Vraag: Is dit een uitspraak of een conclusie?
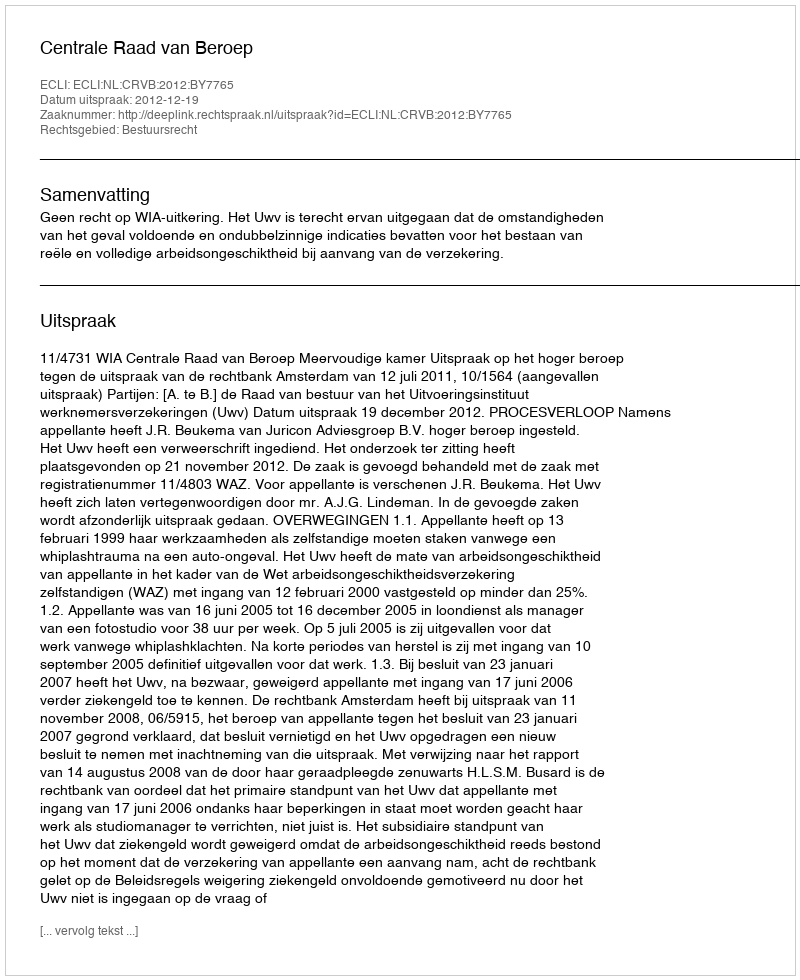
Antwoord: Uitspraak